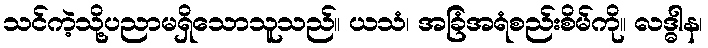
သင်ကဲ့သို့ပညာမရှိသောသူသည်။ ယသံ၊ အခြံအရံစည်းစိမ်ကို။ လဒ္ဓါန၊